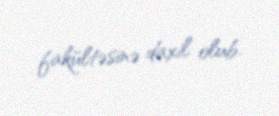
fakültəsinə daxil olub.